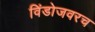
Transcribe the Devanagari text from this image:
विंडोजवरच